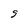
Character: S